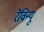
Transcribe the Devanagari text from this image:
रॆविन्यू